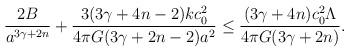
LaTeX: \begin{align*}{{2B}\over a^{3\gamma+2n}}+{{3(3\gamma+4n-2)kc^2_0}\over{4\pi G(3\gamma+2n-2)a^2}}\leq {{(3\gamma+4n)c^2_0\Lambda}\over{4\pi G(3\gamma+2n)}}.\end{align*}